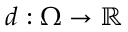
d : \Omega \rightarrow \mathbb { R }